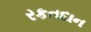
રકતદાન